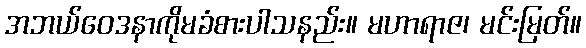
အဘယ်ဝေဒနာကိုမခံစားပါသနည်း။ မဟာရာဇ၊ မင်းမြတ်။